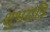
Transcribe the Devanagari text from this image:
शुभरात्रि